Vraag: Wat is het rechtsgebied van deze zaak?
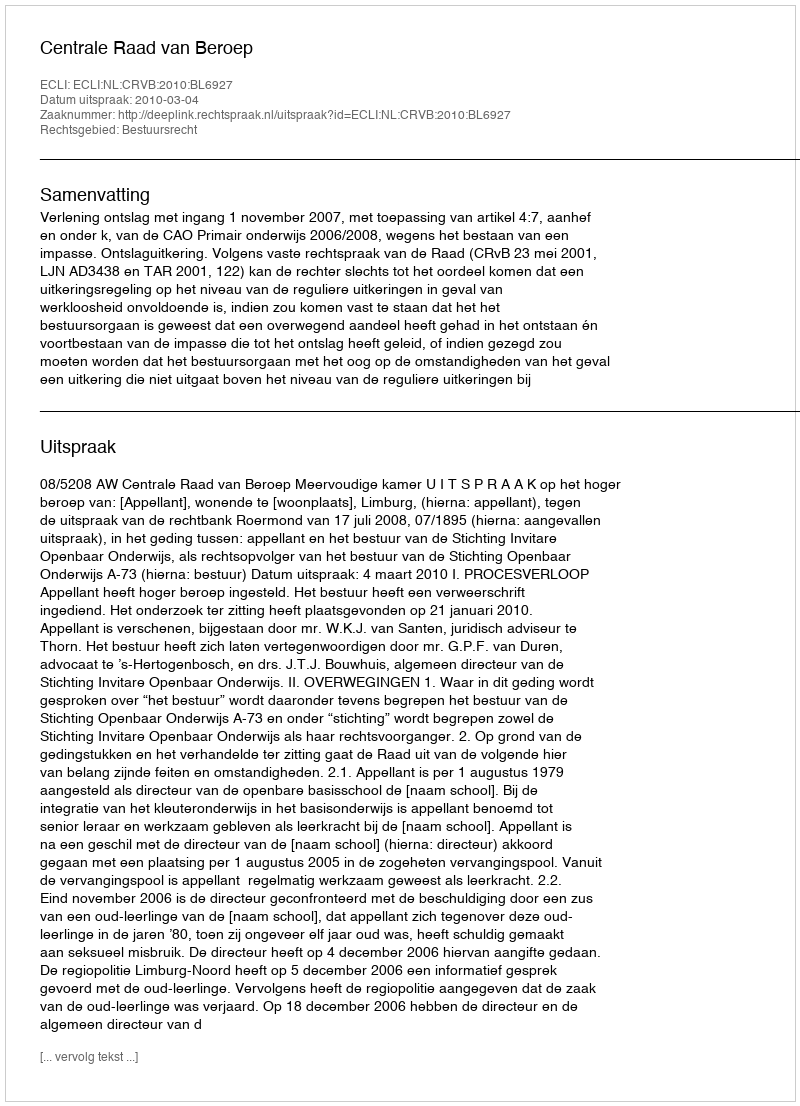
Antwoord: Bestuursrecht